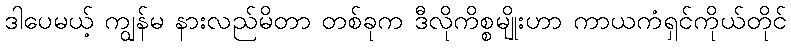
ဒါပေမယ့် ကျွန်မ နားလည်မိတာ တစ်ခုက ဒီလိုကိစ္စမျိုးဟာ ကာယကံရှင်ကိုယ်တိုင်